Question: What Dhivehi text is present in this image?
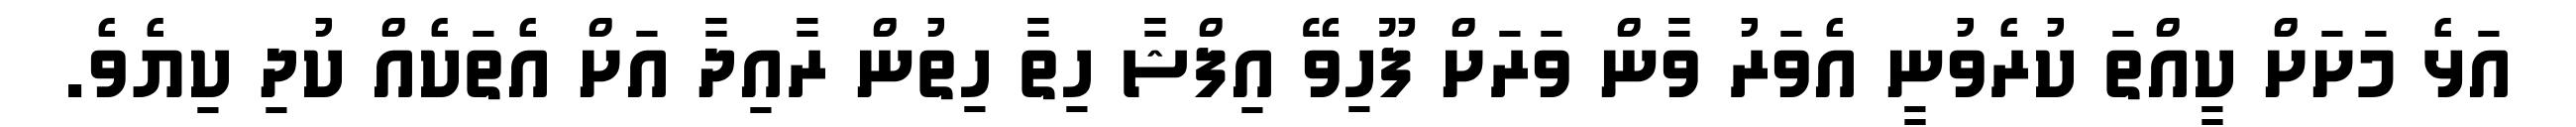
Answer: އަޅެ މަށަށް ކީއްތަ ކުރެވުނީ އެވަރު ވާން ވަރަށް ފޫހިވޭ އިފްޝާ ހިތާ ހިތުން ރާއިދާ އަށް އެތަކެއް ކުދި ކިޔެވެ.